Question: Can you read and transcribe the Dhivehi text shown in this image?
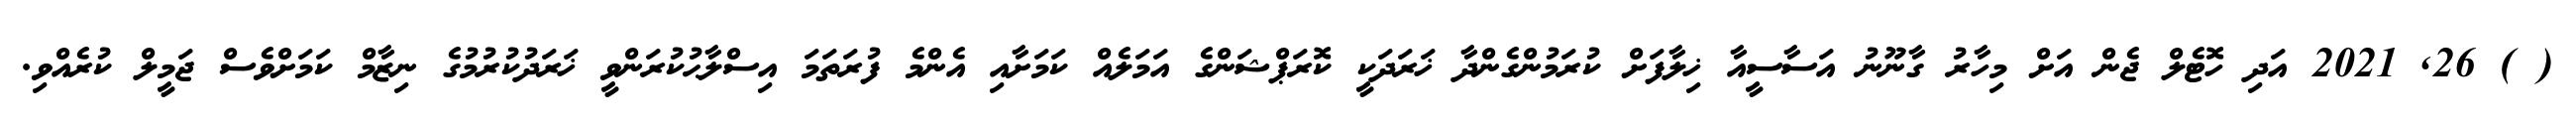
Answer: ( ) 26, 2021 އަދި ހޮޓެލް ޖެން އަށް މިހާރު ގާނޫނު އަސާސީއާ ޚިލާފަށް ކުރަމުންގެންދާ ޚަރަދަކީ ކޮރަޕްޝަންގެ އަމަލެއް ކަމަށާއި އެންމެ ފުރަތަމަ އިސްލާޙުކުރަންވީ ޚަރަދުކުރުމުގެ ނިޒާމް ކަމަށްވެސް ޖަމީލް ކުރެއްވި.